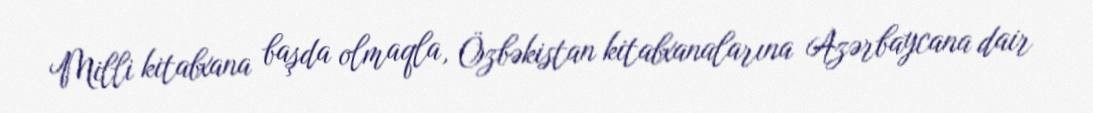
Milli kitabxana başda olmaqla, Özbəkistan kitabxanalarına Azərbaycana dair